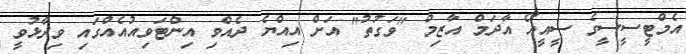
އެމްޓީސީސީގެ ސީއީއޯ އާދަމް އާޒިމް "ވަގުތު" އަށް އިއްޔެ ދެއްވި އިންޓަވިއުއެއްގައި ވިދާޅުވީ